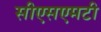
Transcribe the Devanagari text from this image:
सीएसएमटी